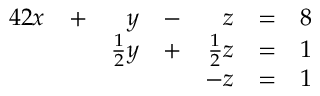
{ \begin{array} { r l r l r l r l } { { 4 } 2 x } & { + } & { y } & { - } & { z } & { = } & { 8 } & { } \\ & { } & { { \frac { 1 } { 2 } } y } & { + } & { { \frac { 1 } { 2 } } z } & { = } & { 1 } & { } \\ & { } & & { } & { - z } & { = } & { 1 } & { } \end{array} }